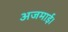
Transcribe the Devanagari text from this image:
अजमाई।